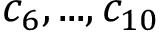
c _ { 6 } , . . . , c _ { 1 0 }